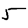
Digit: 5